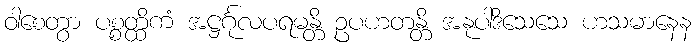
ဝါစေတွာ ပစ္စတ္ထိကံ အဋ္ဌင်္ဂုလပရမန္တိ ဥပဟတန္တိ အနုပါဒိသေသေ ဟသမာနေန